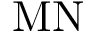
\mathrm { M N }